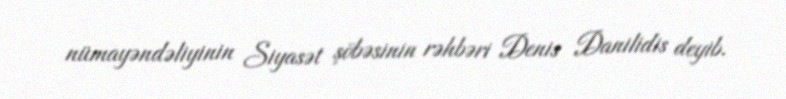
nümayəndəliyinin Siyasət şöbəsinin rəhbəri Denis Danilidis deyib.